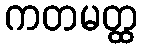
ကတမတ္ထ